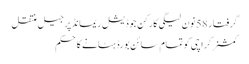
گرفتار 58نون لیگی کارکن جوڈیشل ریمانڈ پر جیل منتقل
کمشنر کراچی کو تمام سائن بورڈ ہٹانے کا حکم